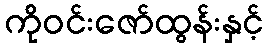
ကိုဝင်းဇော်ထွန်းနှင့်